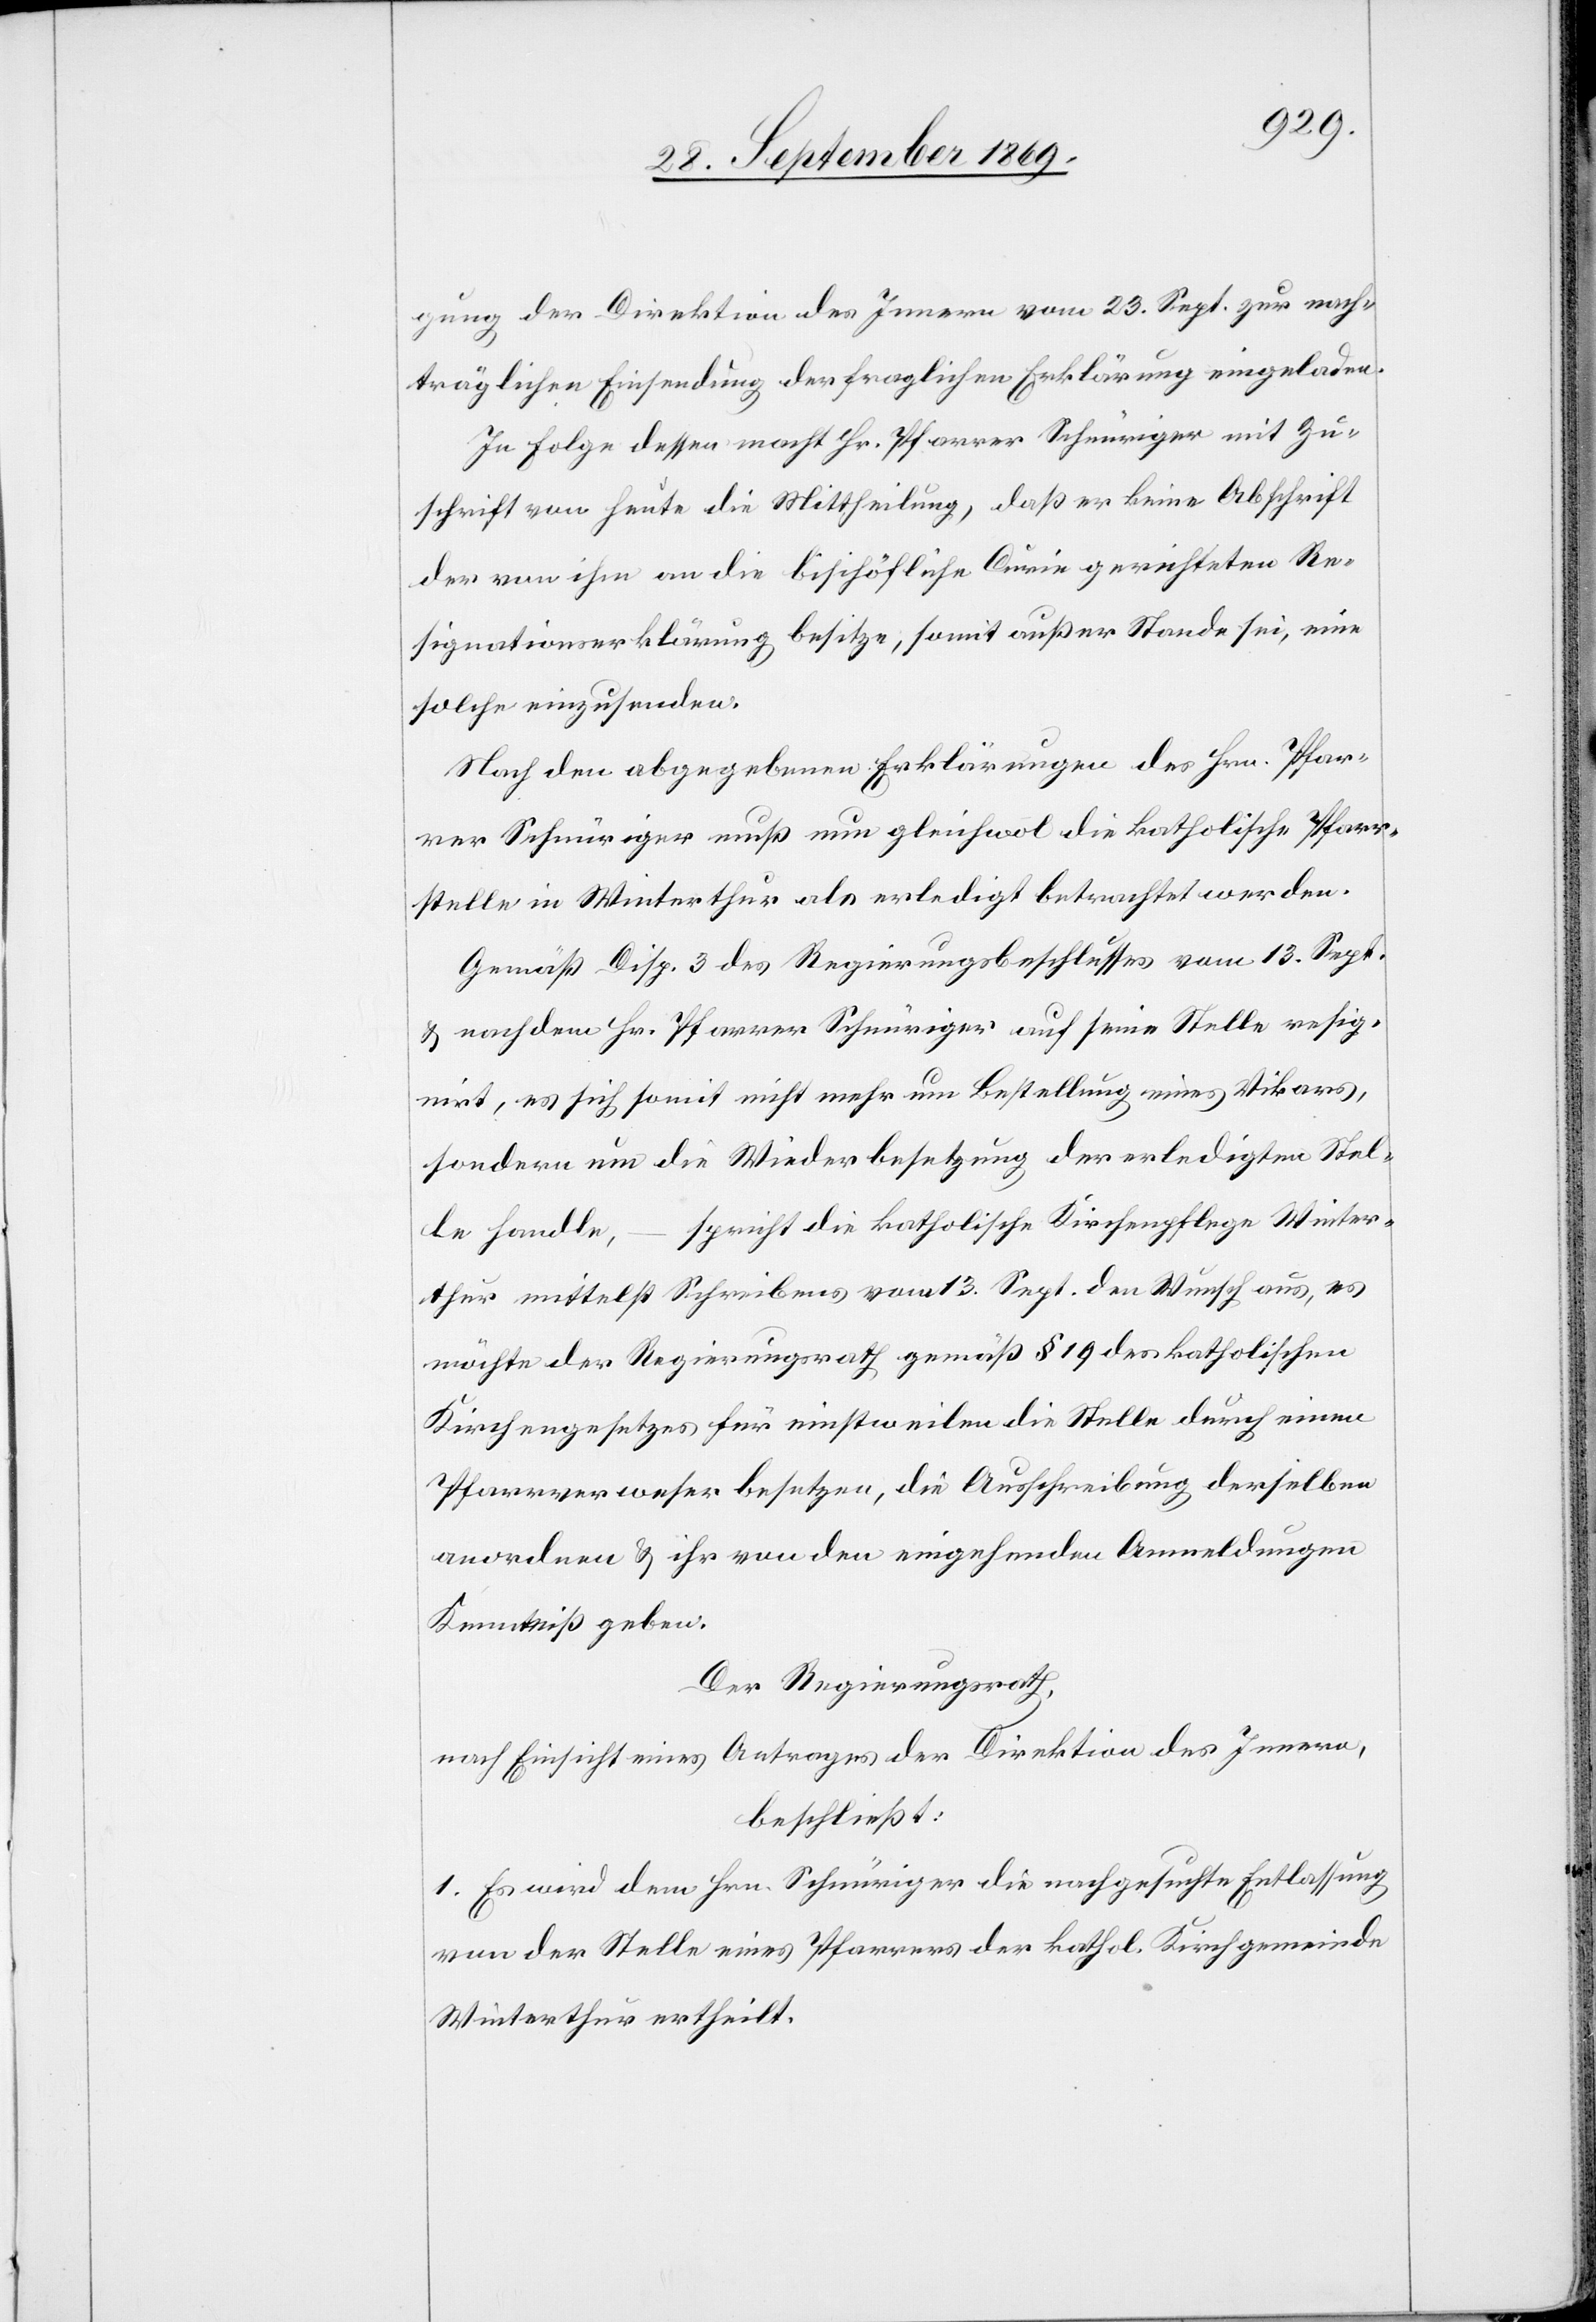
gung der Direktion des Innern vom 23. Sept. zur nach¬
träglichen Einsendung der fraglichen Erklärung eingeladen.
In Folge dessen macht Hr. Pfarrer Schnüriger mit Zu¬
schrift von heute die Mittheilung, daß er keine Abschrift
der von ihm an die bischöfliche Curie gerichteten Re¬
signationserklärung besitze, somit außer Stande sei, eine
solche einzusenden.
Nach den abgegebenen Erklärungen des Hrn. Pfar¬
rer Schnüriger muß nun gleichwol die katholische Pfarr¬
stelle in Winterthur als erledigt betrachtet werden.
Gemäß Disp. 3 des Regierungsbeschlusses vom 13. Sept.
& nachdem Hr. Pfarrer Schnüriger auf seine Stelle resig¬
nirt, es sich somit nicht mehr um Bestellung eines Vikars,
sondern um die Wiederbesetzung der erledigten Stel¬
le handle, – spricht die katholische Kirchenpflege Winter¬
thur mittelst Schreibens vom 13. Sept. den Wunsch aus, es
möchte der Regierungsrath gemäß § 19 des katholischen
Kirchengesetzes für einstweilen die Stelle durch einen
Pfarrverweser besetzen, die Ausschreibung derselben
anordnen & ihr von den eingehenden Anmeldungen
Kenntniß geben.
Der Regierungsrath,
nach Einsicht eines Antrages der Direktion des Innern,
beschließt:
1. Es wird dem Hrn. Schnüriger die nachgesuchte Entlassung
von der Stelle eines Pfarrers der kathol. Kirchgemeinde
Winterthur ertheilt.